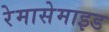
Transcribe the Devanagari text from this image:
रेमासेमाइड